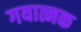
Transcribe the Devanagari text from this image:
गयात्मक